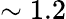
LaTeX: \sim 1.2